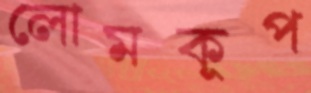
লোমকূপ